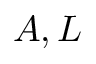
A , L